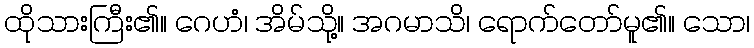
ထိုသားကြီး၏။ ဂေဟံ၊ အိမ်သို့။ အဂမာသိ၊ ရောက်တော်မူ၏။ သော၊